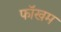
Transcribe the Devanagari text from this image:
फॉखम